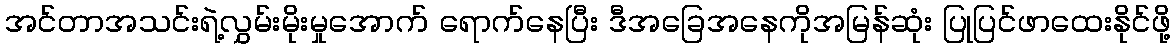
အင်တာအသင်းရဲ့လွှမ်းမိုးမှုအောက် ရောက်နေပြီး ဒီအခြေအနေကိုအမြန်ဆုံး ပြုပြင်ဖာထေးနိုင်ဖို့